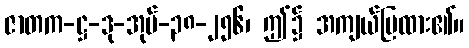
ဇာတက-ဋ္ဌ-ဒု-အုပ်-၃၈-၂၅၆၊ ဤ၌ အကျယ်ပြထား၏။